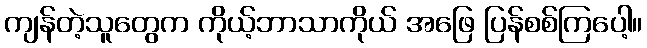
ကျန်တဲ့သူတွေက ကိုယ့်ဘာသာကိုယ် အဖြေ ပြန်စစ်ကြပေါ့။